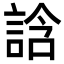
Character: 誝